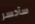
سأخسر